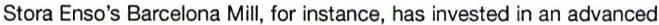
Stora Enso's Barcelona Mill, for instance, has invested in an advanced